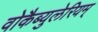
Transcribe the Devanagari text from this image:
वोकैब्युलेरियम्